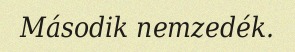
Második nemzedék.